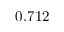
0 . 7 1 2